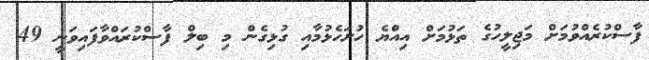
ފާސްކުރެއްވުމަށް މަޖިލީހުގެ ތަޅުމަށް އިއްުޔެ ހުށަހެޅުމާއި ގުޅިގެން މި ބިލް ފާސްކުރައްވާފައިވަނީ 49